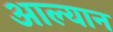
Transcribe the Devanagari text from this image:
आल्यान